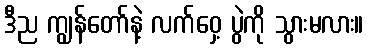
ဒီည ကျွန်တော်နဲ့ လက်ဝှေ့ ပွဲကို သွားမလား။